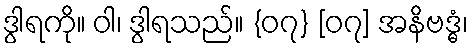
ဒွါရကို။ ဝါ၊ ဒွါရသည်။ {၀၇} [၀၇] အနိဗဒ္ဓံ၊